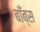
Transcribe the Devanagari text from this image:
बाँब्स